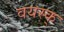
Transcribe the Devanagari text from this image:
वयस्क्